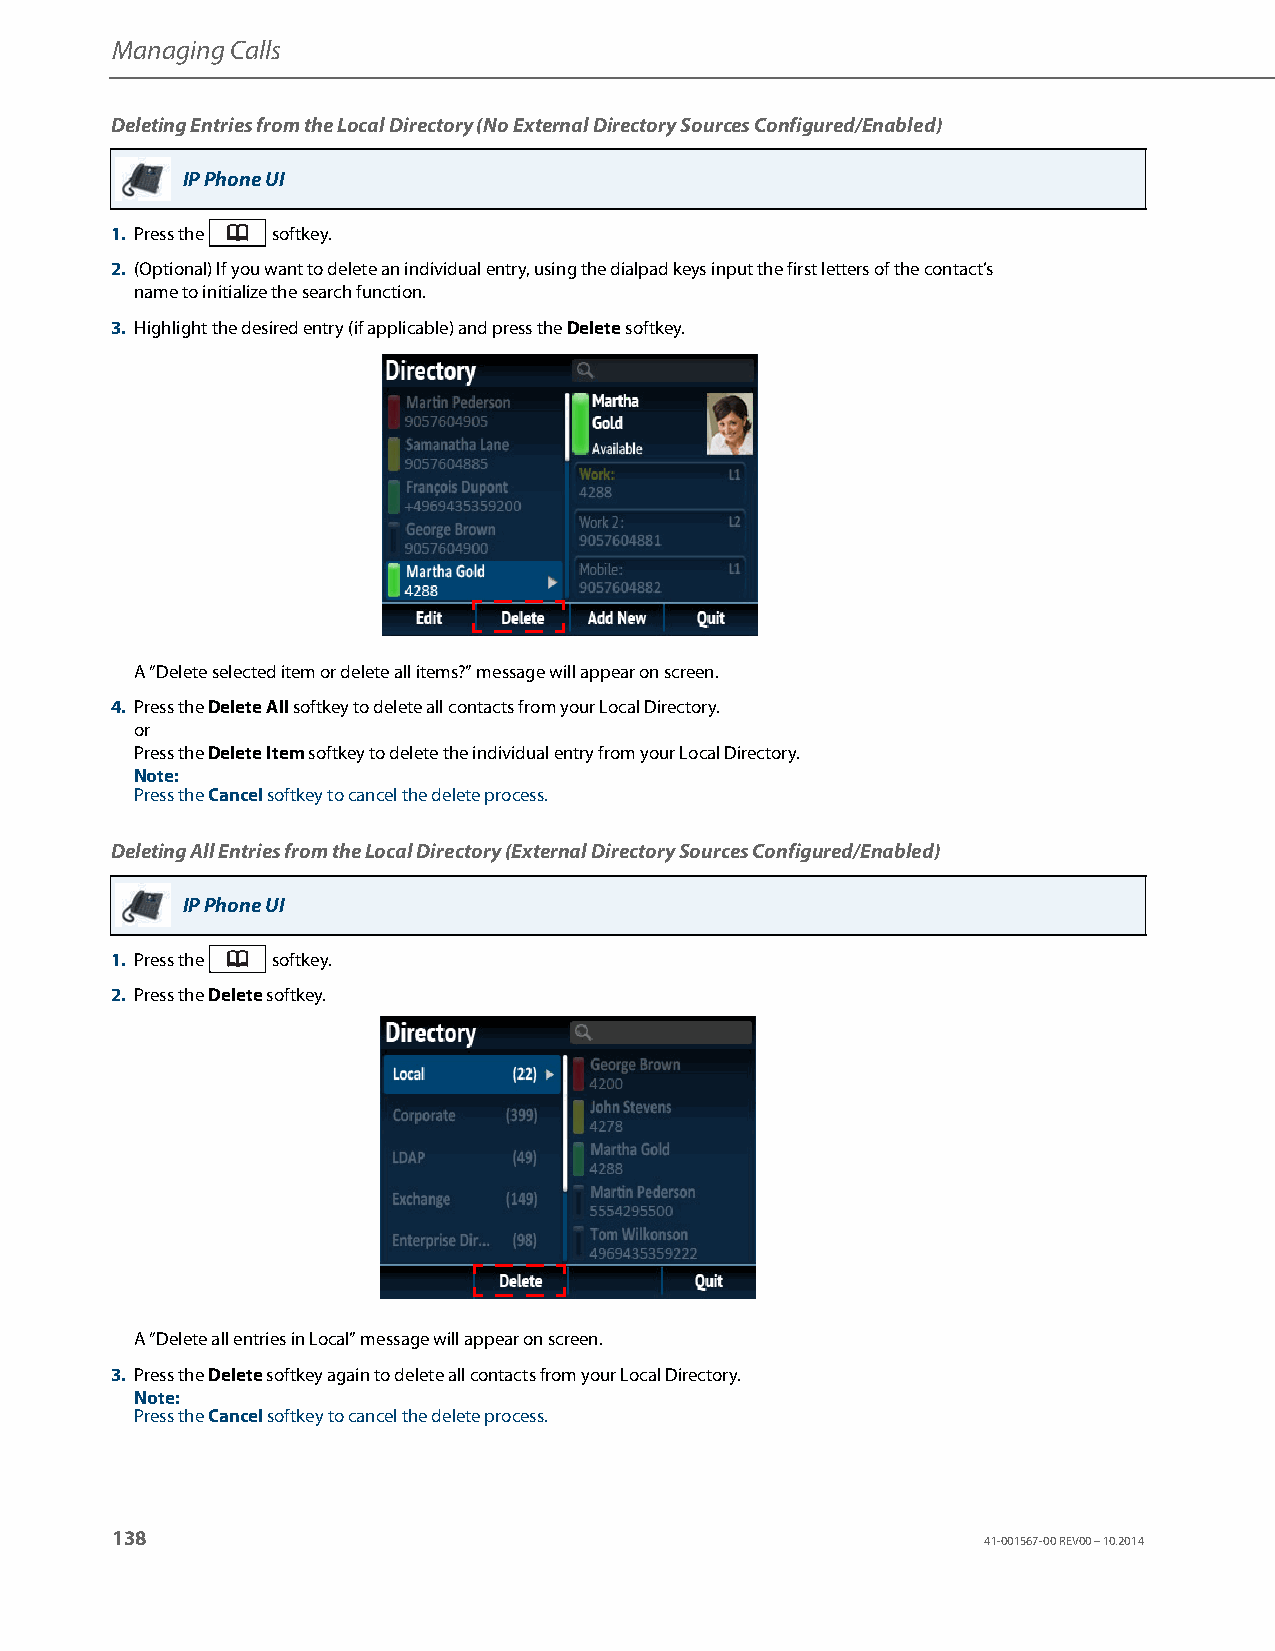
Managing Calls
 Deleting Entries from the Local Directory (No External Directory Sources Configured/Enabled)
 IP Phone UI
 1. Press the softkey.
 2. (Optional) If you want to delete an individual entry, using the dialpad keys input the first letters of the contact’s
 name to initialize the search function.
 3. Highlight the desired entry (if applicable) and press the Delete softkey.
 A “Delete selected item or delete all items?” message will appear on screen.
 4. Press the Delete All softkey to delete all contacts from your Local Directory.
 or
 Press the Delete Item softkey to delete the individual entry from your Local Directory.
 Note:
 Press the Cancel softkey to cancel the delete process.
 Deleting All Entries from the Local Directory (External Directory Sources Configured/Enabled)
 IP Phone UI
 1. Press the softkey.
 2. Press the Delete softkey.
 A “Delete all entries in Local” message will appear on screen.
 3. Press the Delete softkey again to delete all contacts from your Local Directory.
 Note:
 Press the Cancel softkey to cancel the delete process.
 138
 41-001567-00 REV00 – 10.2014